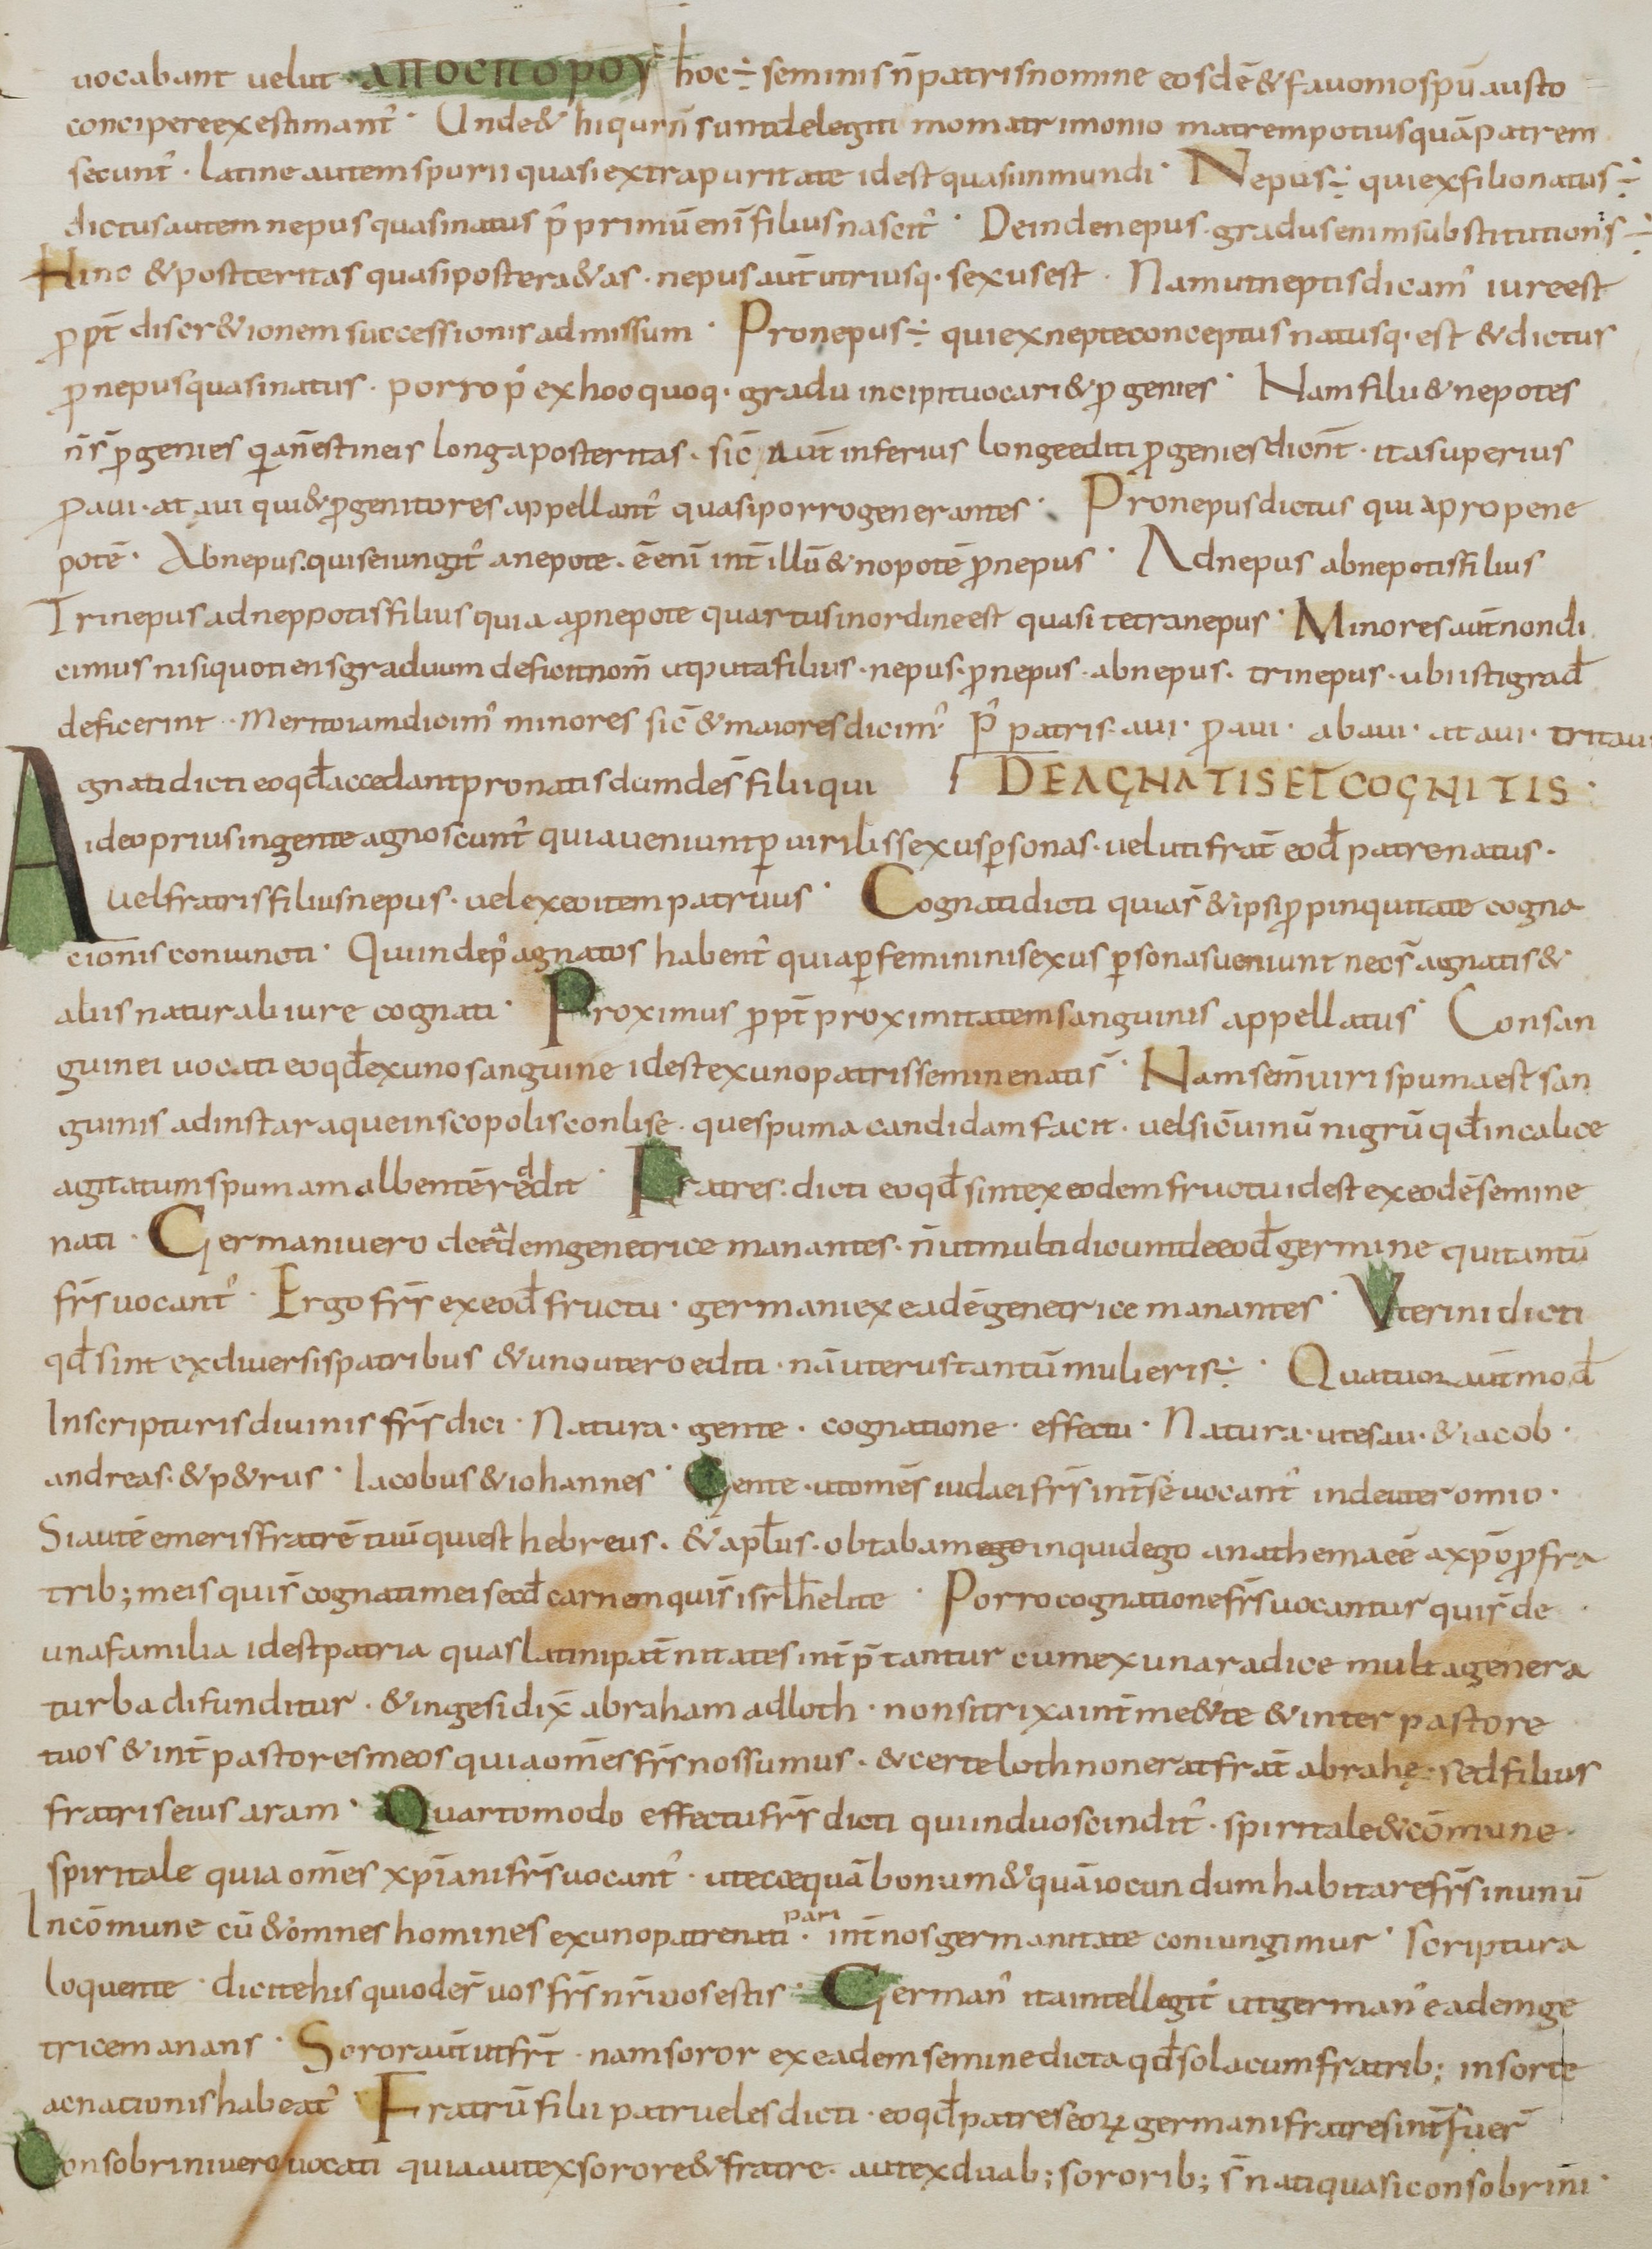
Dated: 800–899